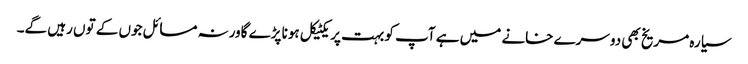
سیارہ مریخ بھی دوسرے خانے میں ہے آپ کو بہت پریکٹیکل ہونا پڑے گاورنہ مسائل جوں کے توں رہیں گے۔